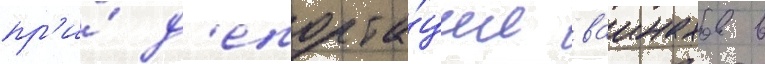
пр'и́ д'епорта́ции ваинахов в